Bréfritari: Soffía Daníelsdóttir
Viðtakandi: Jakobína Magnúsdóttir og Daníel Halldórsson
Dagsetning: A-1887-11-10
Skrifað á: Reykjavík  Gull.
Soffía var dóttir Jakobínu og Daníels

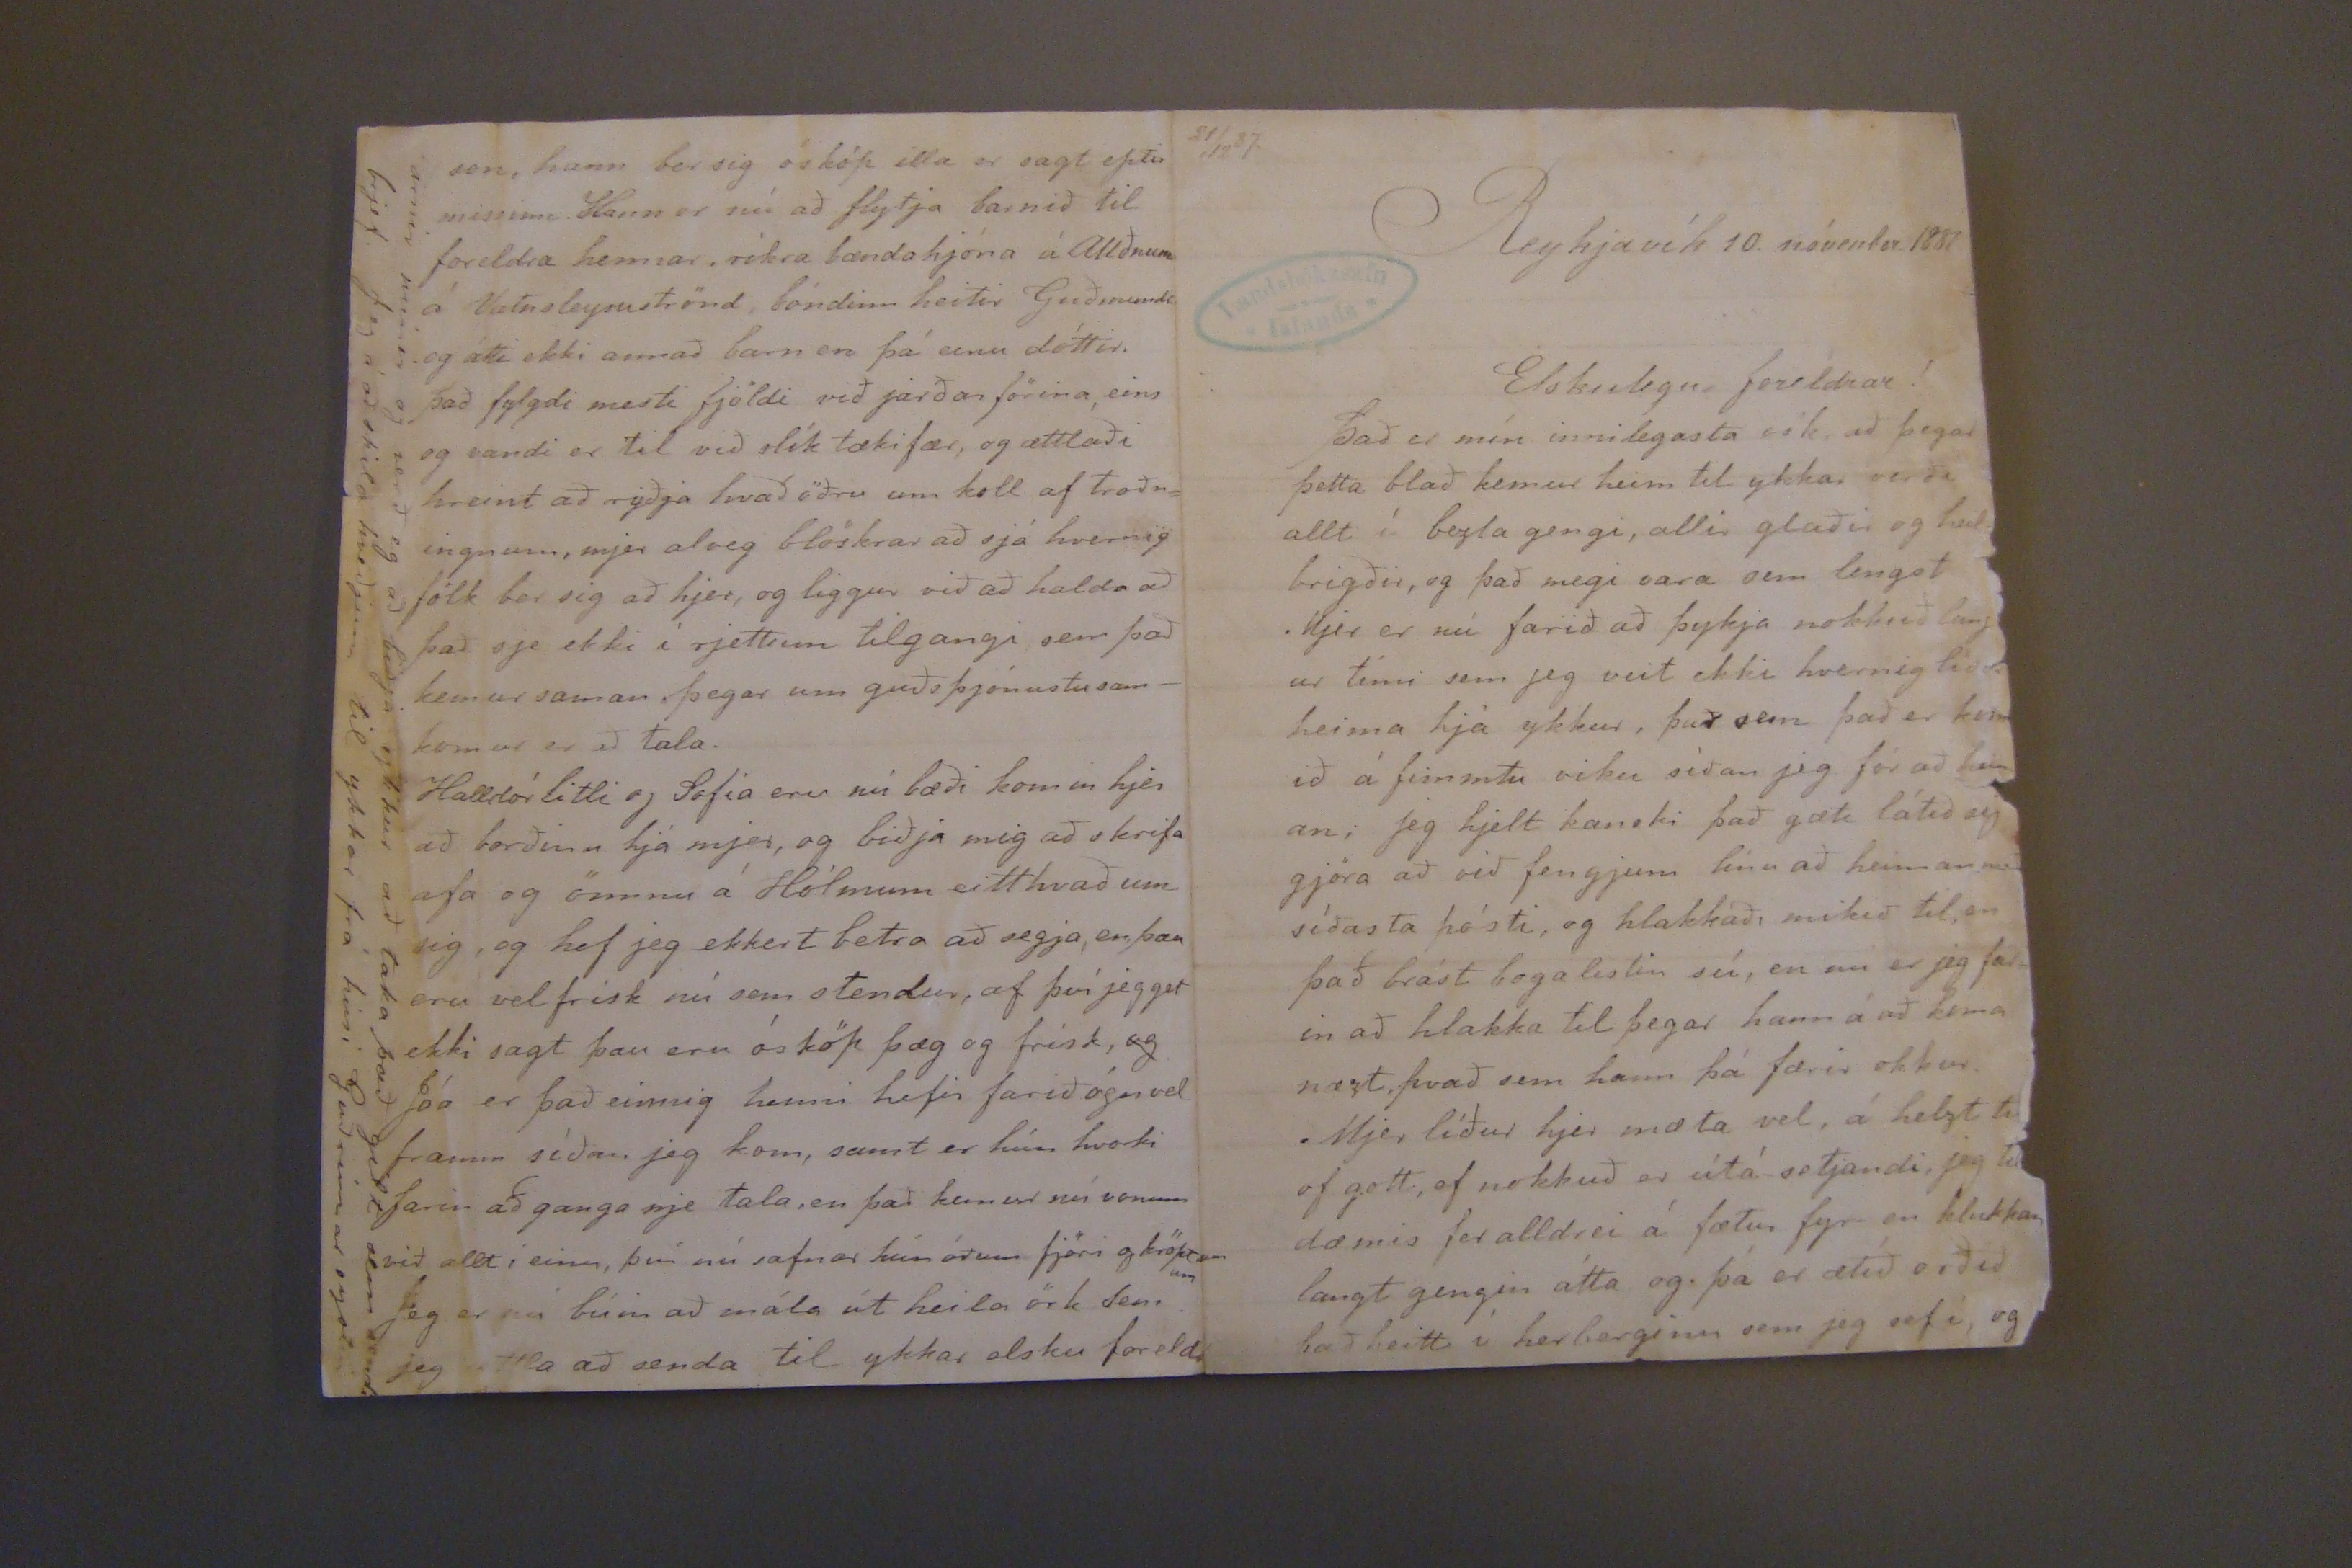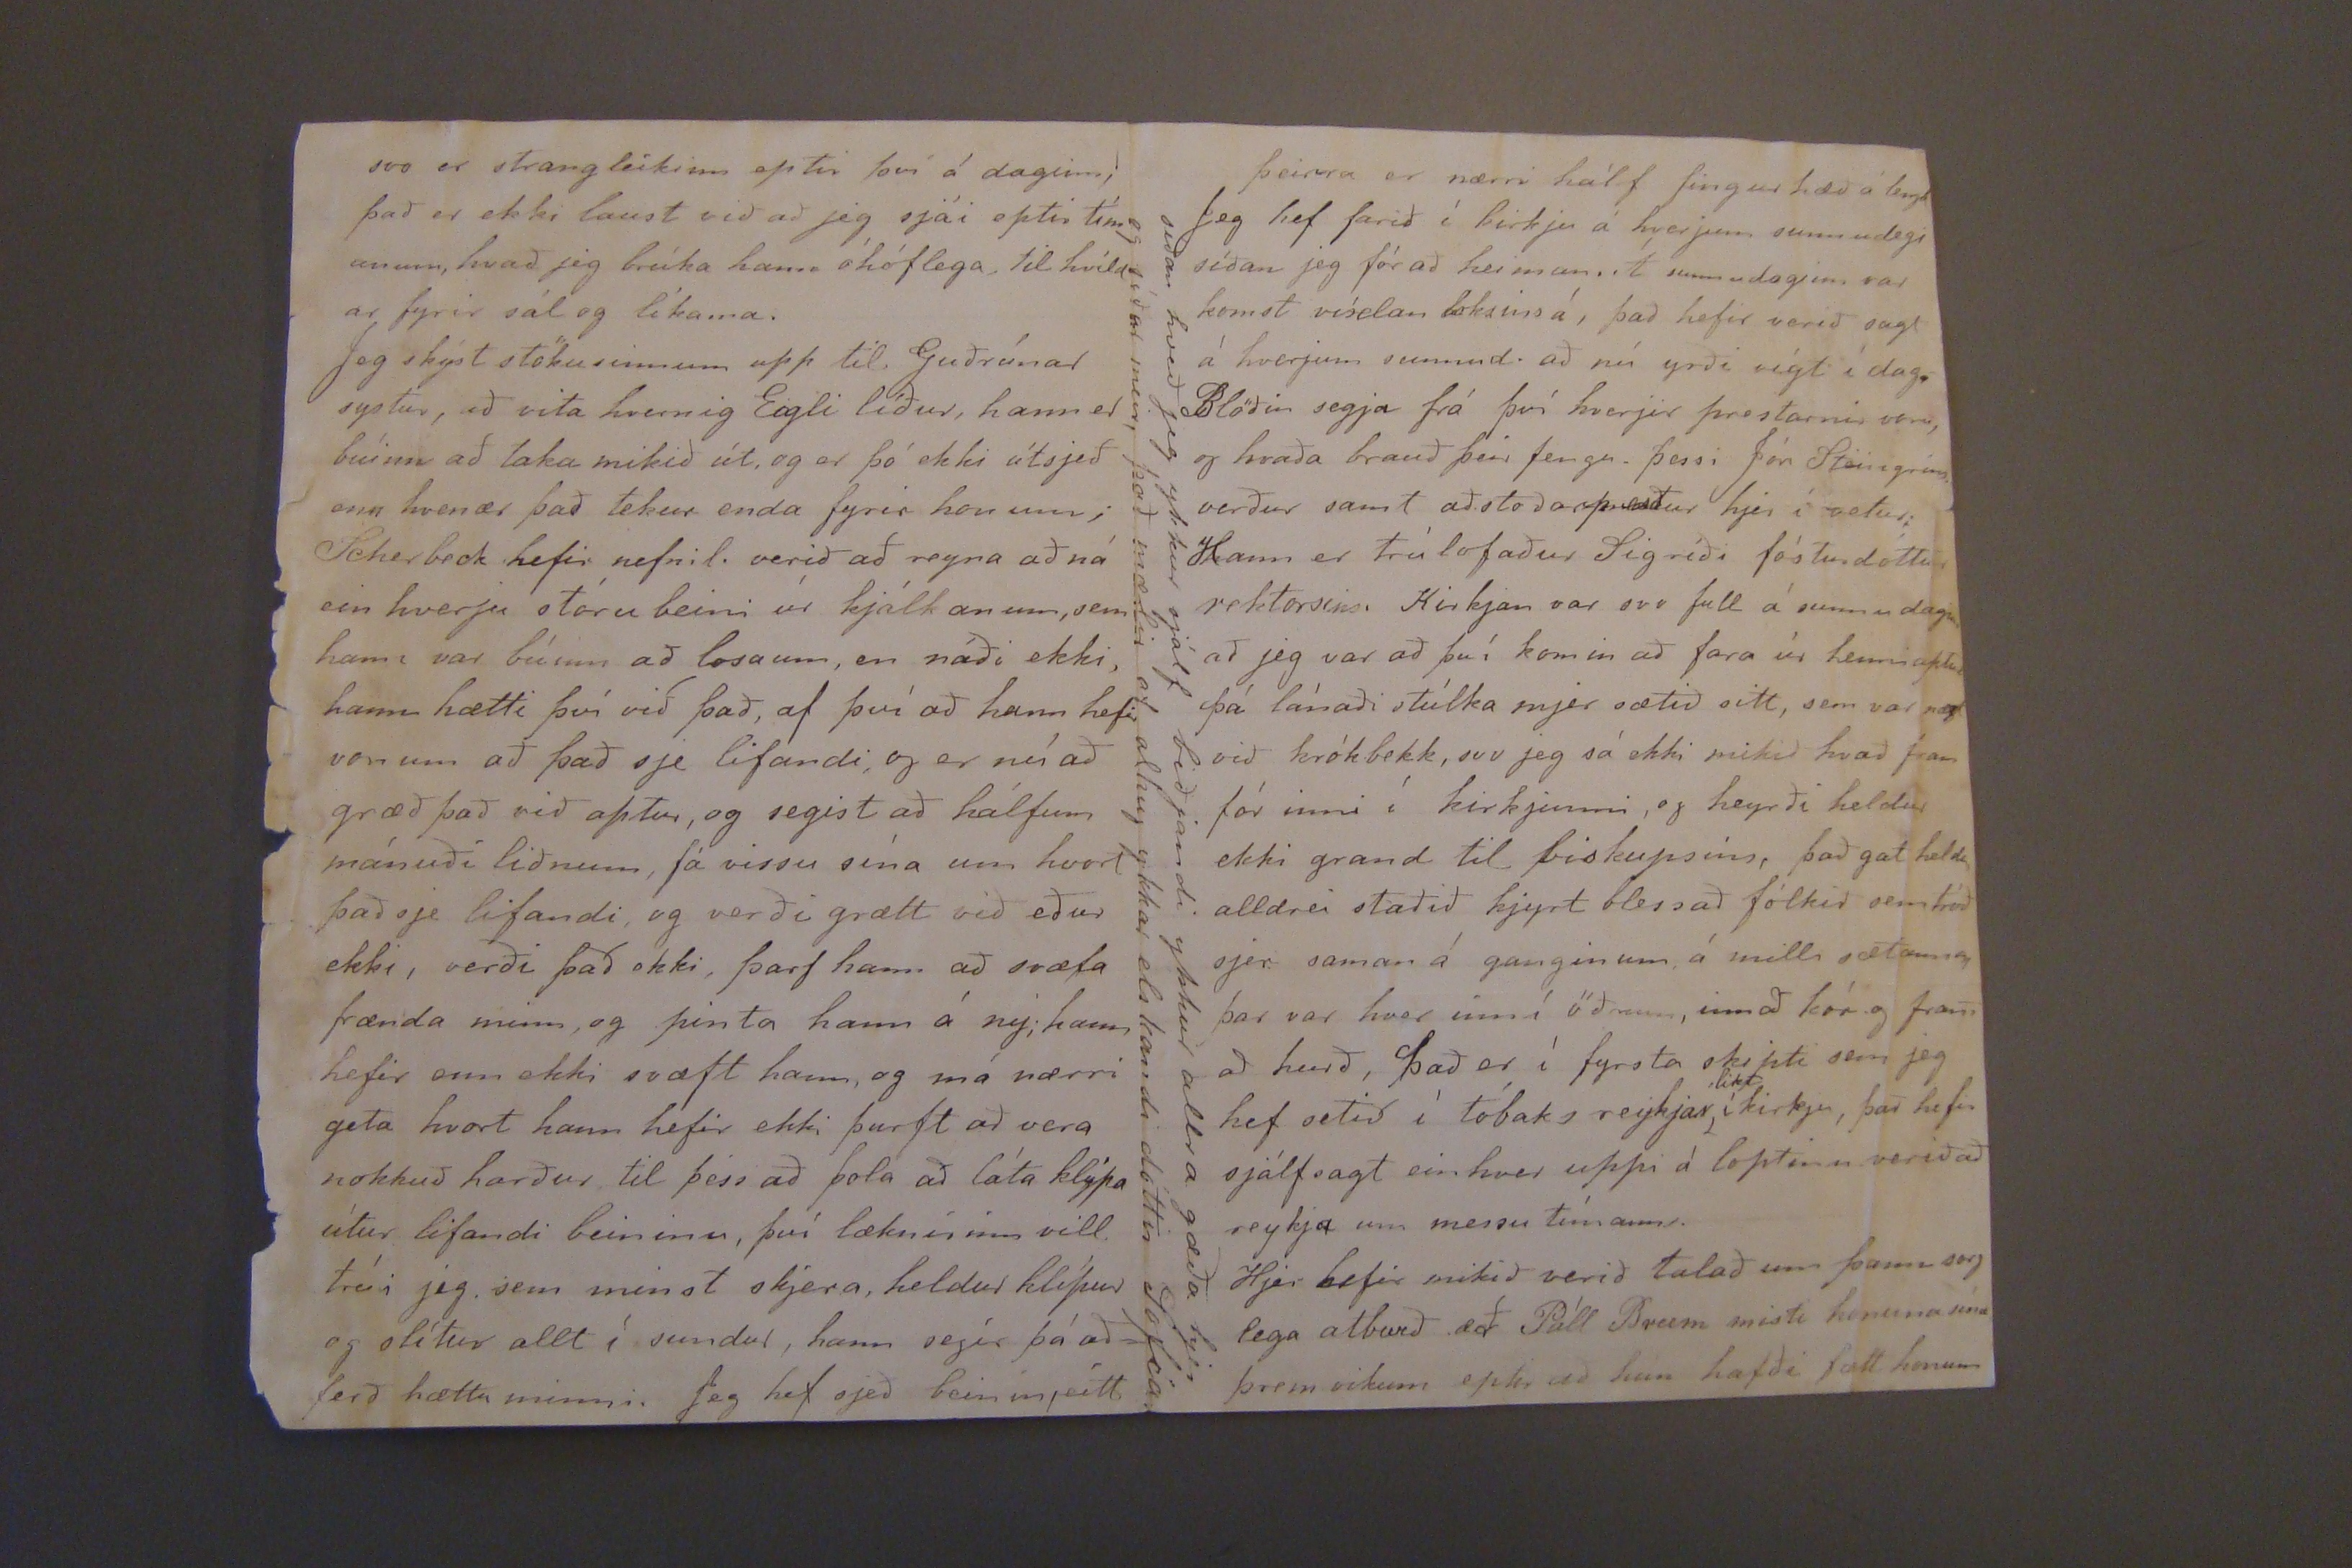

21/12 87
Reykjavík 10. nóvenber 1887
Elskulegu foreldrar!
Það er mín innilegasta ósk, að þegar þetta blað kemur heim til ykkar verði allt í bezta gengi, allir glaðir og heilbrigðir, og það megi vara sem lengst Mjer er nú farið að þykja nokkuð lang ur tími sem jeg veit ekki hvernig líður heima hjá ykkur, það sem það er kom ið á fimmtu viku síðan jeg fór að heim an; jeg hjelt kanski það gæti látið sig gjöra að við fengjum línu að heiman með síðasta pósti, og hlakkaði mikið til, en það brást bogalistin sú, en nú er jeg farin að hlakka til þegar hann á að koma næzt, hvað sem hann þá færir okkur. Mjer líður hjer mæta vel, á helzt til of gott, ef nokkuð er útá setjandi, jeg til dæmis fer alldrei á fætur fyr en klukkan langt gengin átta og þá er ætíð orðið bað heitt í herberginu sem jeg sef í, og
svo er stranleikinn eptir því á daginn; það er ekki laust við að jeg sjái eptir tímanum, hvað jeg brúka hann óhóflega, til hvíldar fyrir sál og líkama.
Jeg skýst stöku sinnum upp til Guðrúnar systur, að vita hvernig Eigli líður, hann er búinn að taka mikið út, og er þó ekki útsjeð enn hvenær það tekur enda fyrir honum; Scherbeck hefir nefnil. verið að reyna að ná ein hverju stóru beini úr kjálkanum, sem hann er búinn að losa um, en náði ekki, hann hætti því við það, af því að hann hefi von um að það sje lifandi, og er nú að græð það við aptur, og segist að hálfum mánuði liðnum, fá vissu sína um hvort það sje lifandi, og verði grætt við eður ekki, verði það ekki, þarf hann að svæfa frænda minn, og pinta hann á ný; hann hefir enn ekki svæft hann, og má nærri geta hvort hann hefir ekki þurft að vera nokkuð harður til þess að þola að láta klýpa útúr lifandi beininu, því læknirinn vill trúi jeg sem minst skjera, heldur klípur og slítur allt í sundur, hann segir þá að ferð hætta minni. Jeg hef sjeð beinin eitt
son, hann ber sig ósköp illa er sagt eptir missinn. Hann er nú að flytja barnið til foreldra hennar, ríkra bænda hjóna á AUðnum á Vatnsleysuströnd, bóndinn heitir Guðmundi og átti ekki annað barn en þá einu dóttir. Það fylgdi mesti fjöldi við jarðarförina, eins og vandi er til við slík tækifær, og ættlaði hreint að ryðja hvað öðru um koll af troðningunum, mjer alveg blöskrar að sjá hvernig fólk ber sig að hjer, og liggur við að halda að það sje ekki í rjettum tilgangi sem það kemur saman þegar um guðsþjónustusamkomur er að tala.
Halldór litli og Sofía eru nú bæði komin hjer að borðinu hjá mjer, og biðja mig að skrifa afa og ömmu á Hólmum eitthvað um sig, og hef jeg ekkert betra að segja, en þau eru vel frísk nú sem stendur, af því jeg get ekki sagt þau eru ósköp þæg og frísk, og þó er það einnig henni hefir farið ógnvel framm síðan jeg kom, samt er hún hvorki farin að ganga njer tala, en það kemur nú vonum við allt i einu, því nú safnar hún óðum fjöri og kröptunum Jeg er nú búin að mála út heila örk sem jeg ættla að senda til ykkar elsku foreldr
arnir mínir og verð eg að biðja ykkur að taka það gilt sem sendi brjef. Jeg á að skila kveðjum til ykkar frá hini Guðrúnar systir
þeirra er nærri hálf fingur hæð á lengd Jeg hef farið í kirkju á hverjum sunnudegi síðan jeg fór að heiman. Á sunnudaginn var komst víxlan loksins á, það hefir veirð sagt á hverjum sunnud. að nú yrði vígt í dag. Blöðin segja frá því hverjir prestarnir voru, og hvaða brauð þeir fengu. þessi Jón Steingríms verður samt aðstoðarprestur hjer í vetur; Hann er trúlofaður Sigríði fósturdóttur rektorsins. Kirkjan var svo full á sunnudaginn að jeg var að því komin að fara úr henni aftur þá lánaði stúlka mjer sætið sitt, sem var næzt við krókbekk, svo jeg sá ekki mikið hvað fram fór inni í kirkjunni, og heyrði heldur ekki grand til biskupsins, það gat heldur alldrei staðið kjyrt blessað fólkið semtróð sjer saman á ganginum á milli sætanna þar var hver inn í öðrum, inn að kóng fram að hurð, það er í fyrsta skipti sem jeg hef setið í tóbaks reykjar
likt
í kirkju, það hefir sjálfsagt einhver upi á loptinu verið að reykja um messu tímann.
Hjer hefir mikið verið talað um þann sorg lega atburð að Páll Briem misti konuna sína þrem vikum eptir að hún hafði fætt honum
síðan hveð jeg ykkur sjálf biðjandi ykkur allra gæta fyrr og síðar meir, það mælir af alhug ykkar elskandi dóttir Sofía.